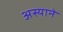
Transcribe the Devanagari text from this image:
अस्याने